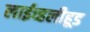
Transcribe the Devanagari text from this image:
लाईव्हलीहूड